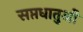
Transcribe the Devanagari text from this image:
सप्तधातुओं